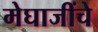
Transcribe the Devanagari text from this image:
मेघाजींचे